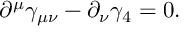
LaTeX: \partial ^ { \mu } \gamma _ { \mu \nu } - \partial _ { \nu } \gamma _ { 4 } = 0 .